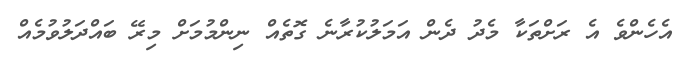
އެހެންވެ އެ ރަށްތަކާ މެދު ދެން އަމަލުކުރާނެ ގޮތެއް ނިންމުމަށް މިރޭ ބައްދަލުވުމެއް